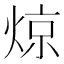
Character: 𬊣